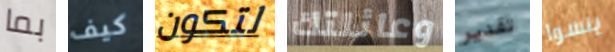
بما كيف لتكون وعائلتك تقدير ينسوا